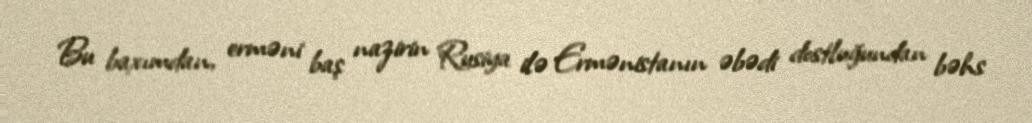
Bu baxımdan, erməni baş nazirin Rusiya ilə Ermənistanın əbədi dostluğundan bəhs